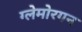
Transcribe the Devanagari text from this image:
ग्लेमोरगन